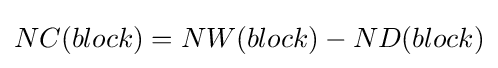
NC(block)=NW(block)-ND(block)